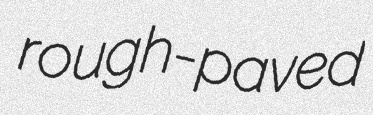
rough-paved